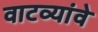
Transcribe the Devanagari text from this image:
वाटव्यांवे